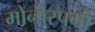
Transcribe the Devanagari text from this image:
मोनोस्पर्मा